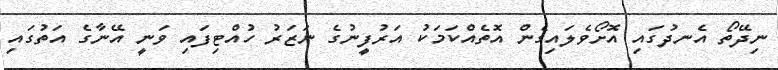
ނިދޭތޯ އެނދުގައި އޮށޯވެލައިގެން އޮތެއްކަމަކު އަރުފީނުގެ ނަޒަރު ހުއްޓިފައި ވަނީ އޭނާގެ އަތުގައި